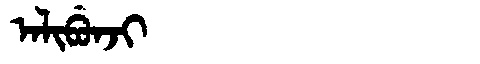
Manchu: ᠠᠯᡳᠪᡠᠨᠵᡳ
Romanization: ALIBUNJI